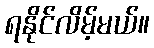
ရနိုင်လိမ့်မယ်။